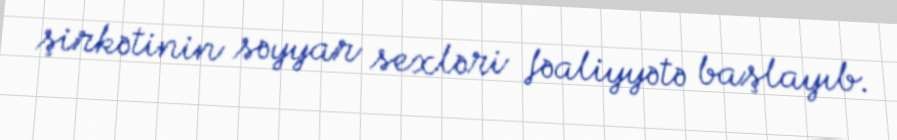
şirkətinin səyyar sexləri fəaliyyətə başlayıb.